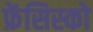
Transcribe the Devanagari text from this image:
फ्रेंसिस्‍को